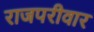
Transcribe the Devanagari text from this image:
राजपरीवार